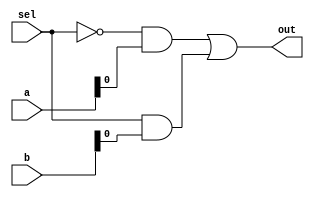
// This 8-bit wide 2-to-1 multiplexer doesn't work. Fix the bug(s).

module top_module (
    input sel,
    input [7:0] a,
    input [7:0] b,
    output out  );

    assign out = (~sel & a) | (sel & b);

endmodule